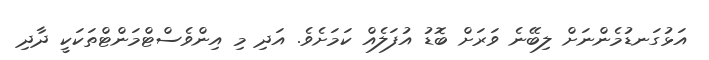
އަޅުގަނޑުމެންނަށް ލިބޭނެ ވަރަށް ބޮޑު އުފަލެއް ކަމަށެވެ. އަދި މި އިންވެސްޓްމަންޓްތަކަކީ ދާދި